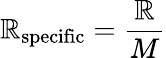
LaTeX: \mathbb{R}_{\mathrm{{{specific}}}}={\frac{{\mathbb{R}}}{{M}}}